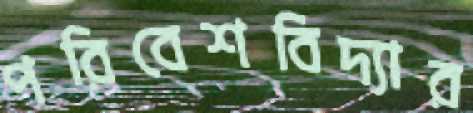
পরিবেশবিদ্যার